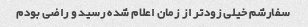
سفارشم خیلی زودتر از زمان اعلام شده رسید و راضی بودم